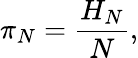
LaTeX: \pi_{N}={\frac{H_{N}}{N}},